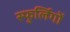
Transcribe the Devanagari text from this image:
स्फुर्लिगों